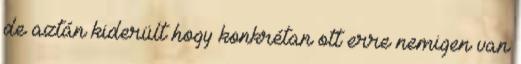
de aztán kiderült hogy konkrétan ott erre nemigen van